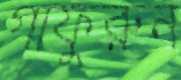
গাফুরুন